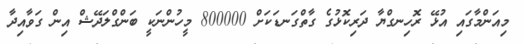
މިއަންމާގައި އުޅޭ ރޮހިނގްޔާ ދަރިކޮޅުގެ ގާތްގަނޑަކަށް 800000 މީހުންނަކީ ބަންގްލަދޭޝް އިން ގަވާއިދާ